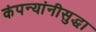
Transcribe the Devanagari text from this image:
कंपन्यांनीसुद्धा